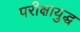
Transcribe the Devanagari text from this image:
परीक्षायुद्ध